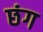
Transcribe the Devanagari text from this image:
छंग